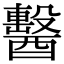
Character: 𨣗